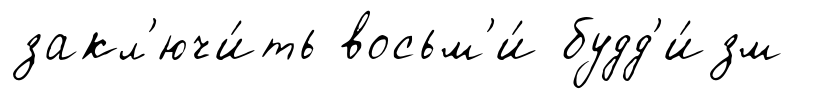
закл'ючи́ть восьм'и́ будд'и́зм